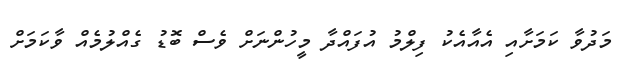
މަދުވާ ކަމަށާއި އެއާއެކު ފިލްމު އުފައްދާ މީހުންނަށް ވެސް ބޮޑު ގެއްލުމެއް ވާކަމަށް